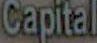
Capital